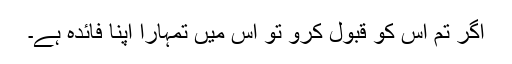
اگر تم اس کو قبول کرو تو اس میں تمہارا اپنا فائدہ ہے۔